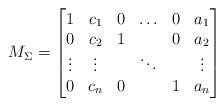
LaTeX: \begin{align*}M_{\Sigma} = \begin{bmatrix} 1 & c_1 & 0 & \hdots & 0 & a_1 \\0 & c_2 & 1 & & 0 & a_2 \\\vdots & \vdots & & \ddots & & \vdots \\0 & c_n & 0 & & 1 & a_n \end{bmatrix} \end{align*}